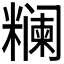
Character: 𬖺